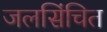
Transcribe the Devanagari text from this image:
जलसिंचित